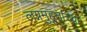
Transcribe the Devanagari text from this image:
लग्नमुहूर्ताच्या